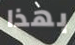
بهذا